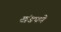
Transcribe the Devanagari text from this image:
खंडपणे